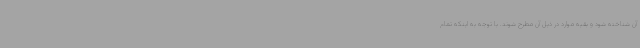
آن شناخته شود و بقیه موارد در ذیل آن مطرح شوند. با توجه به اینکه تمام